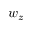
w _ { z }